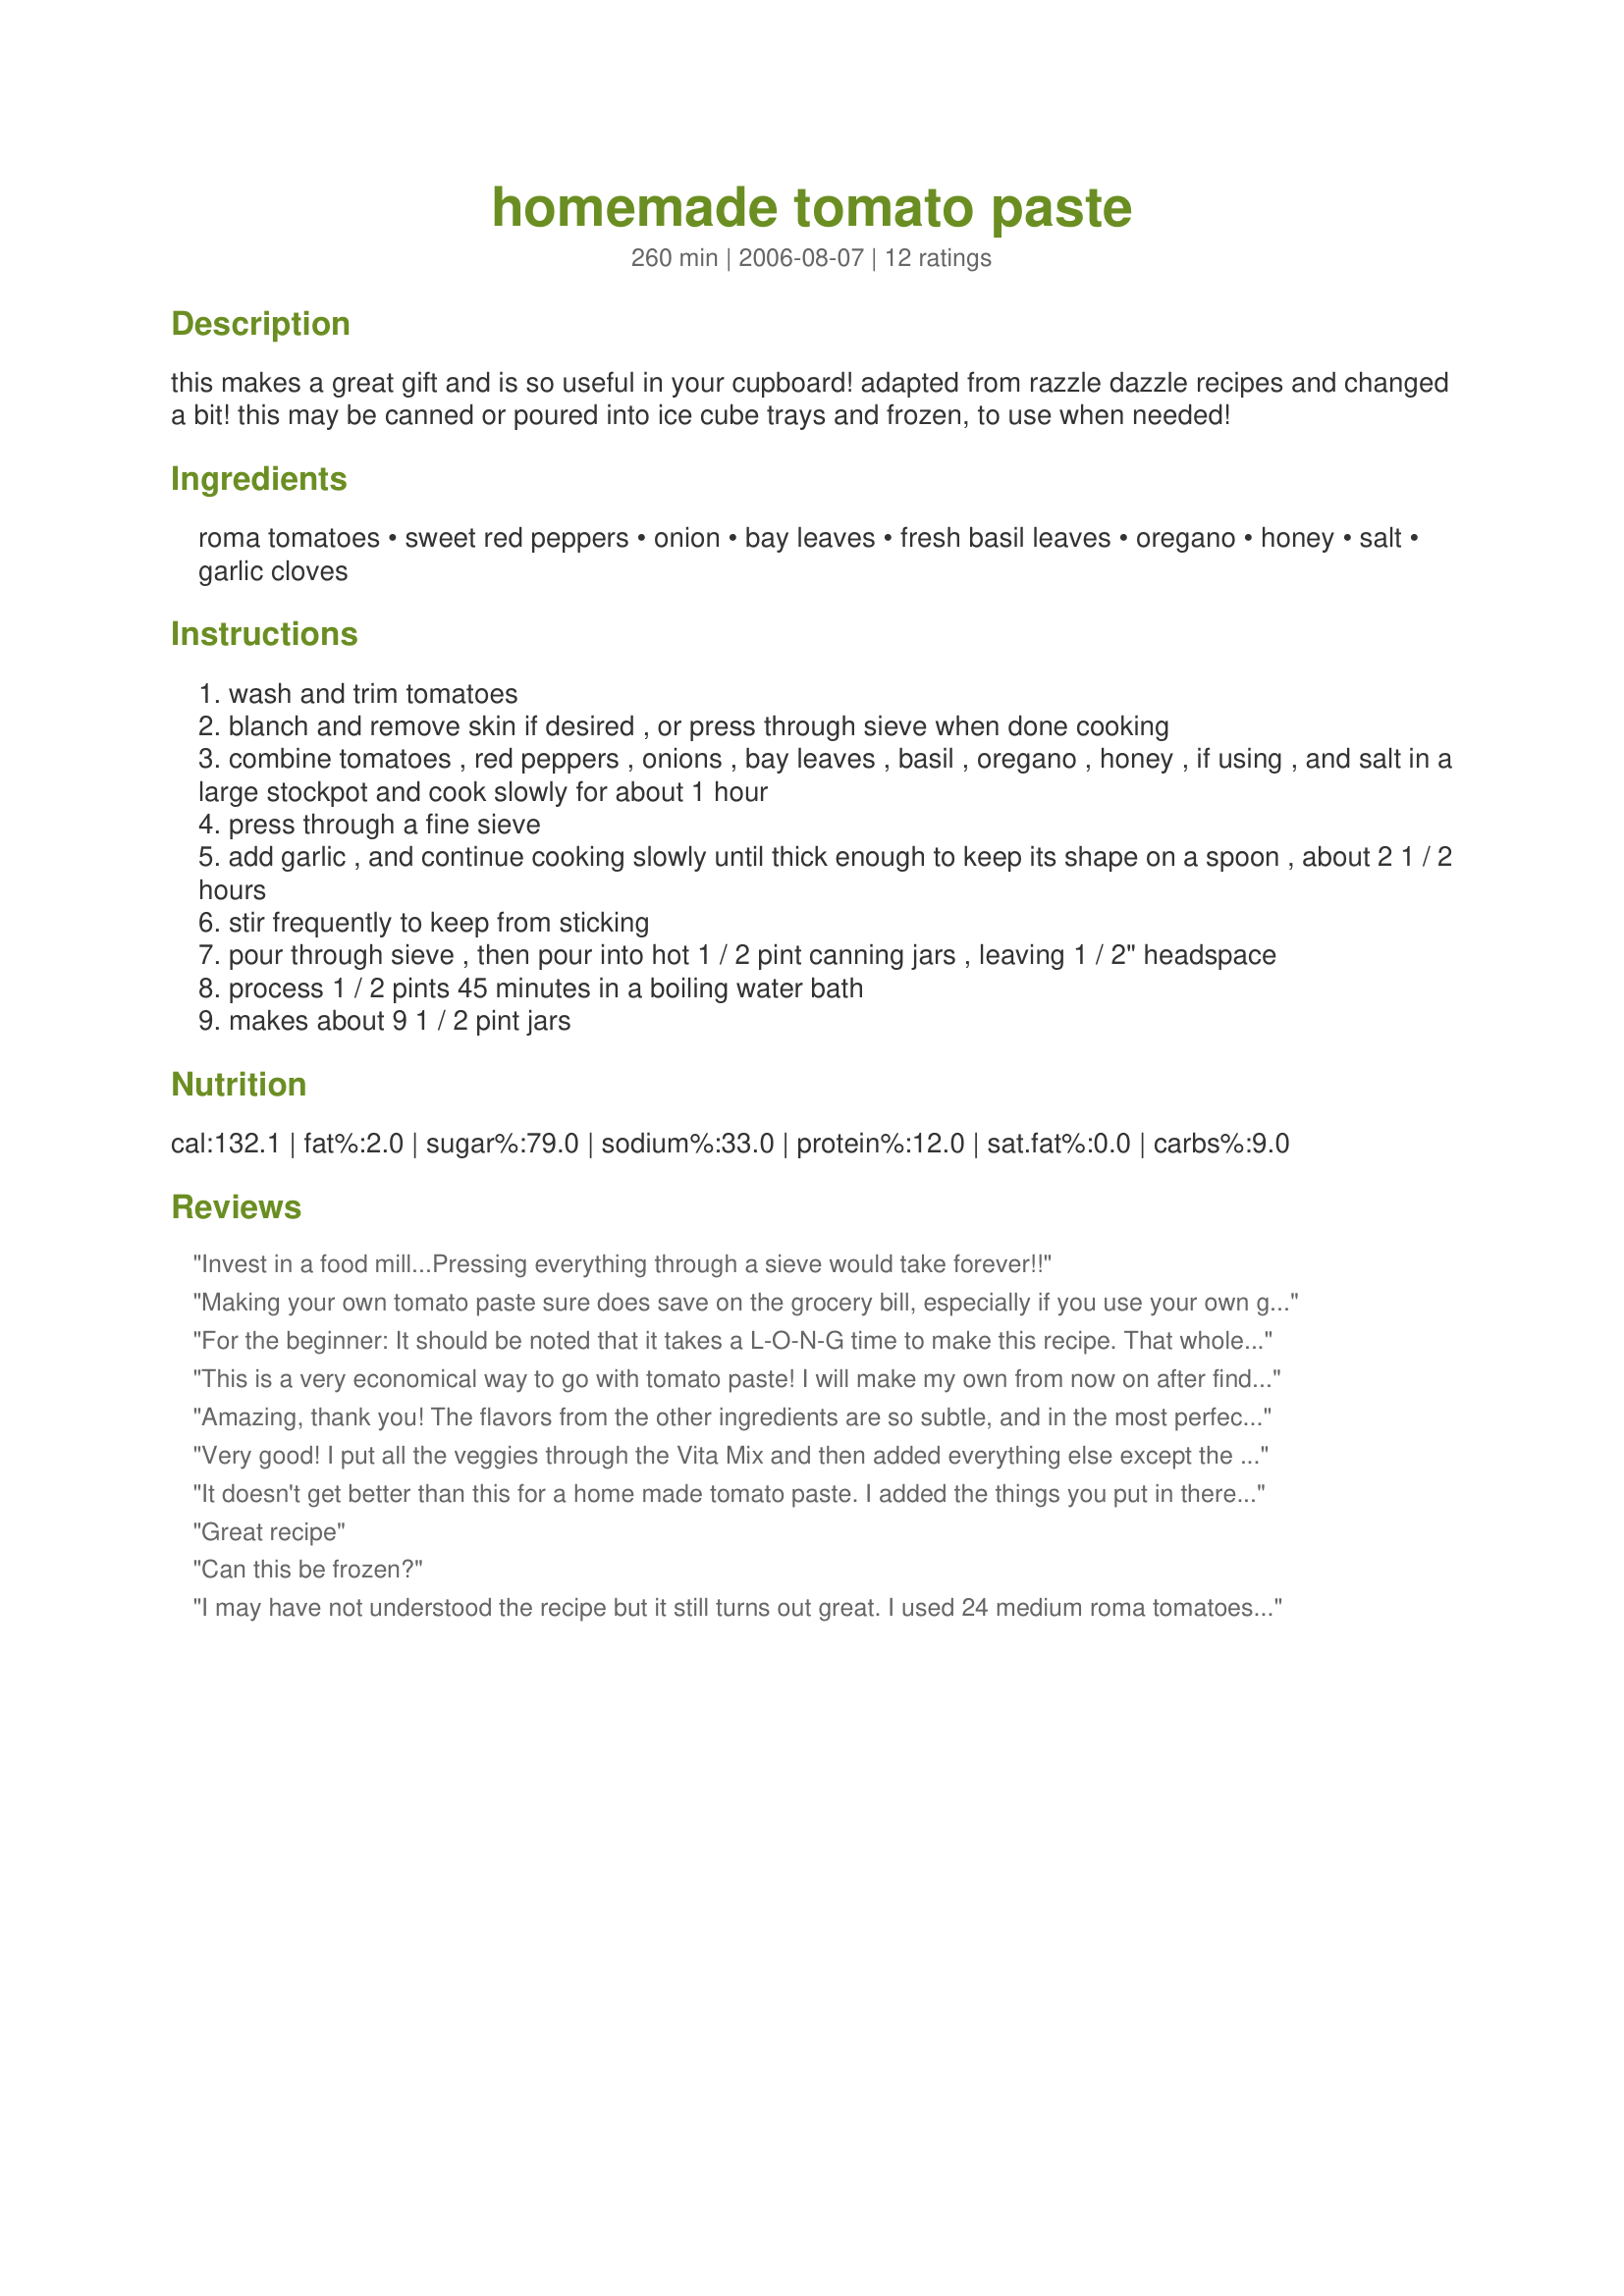
homemade tomato paste
Preparation time: 260 minutes

this makes a great gift and is so useful in your cupboard! adapted from razzle dazzle recipes and changed a bit! this may be canned or poured into ice cube trays and frozen, to use when needed!

Ingredients:
roma tomatoes, sweet red peppers, onion, bay leaves, fresh basil leaves, oregano, honey, salt, garlic cloves

Steps:
wash and trim tomatoes
blanch and remove skin if desired , or press through sieve when done cooking
combine tomatoes , red peppers , onions , bay leaves , basil , oregano , honey , if using , and salt in a large stockpot and cook slowly for about 1 hour
press through a fine sieve
add garlic , and continue cooking slowly until thick enough to keep its shape on a spoon , about 2 1 / 2 hours
stir frequently to keep from sticking
pour through sieve , then pour into hot 1 / 2 pint canning jars , leaving 1 / 2" headspace
process 1 / 2 pints 45 minutes in a boiling water bath
makes about 9 1 / 2 pint jars

Reviews:
Invest in a food mill...Pressing everything through a sieve would take forever!!
Making your own tomato paste sure does save on the grocery bill, especially if you use your own garden tomatoes like I did. This is a great recipe that will be used over and over by me!
For the beginner: It should be noted that it takes a L-O-N-G time to make this recipe. That whole part about &quot;press through a fine sieve&quot; takes very long and it has to be done unless you want a ton of tomato seeds in your paste. I never got it down to a paste because I just didn't have enough time allotted for this. Also, the measurements are not &quot;exact&quot; because it kind of matters really how many tomatoes you have. Because tomatoes can be different sizes, the overall weight should really be used as the amount instead of quarts. I'm glad I didn't add all the salt the recipe calls for because mine would have been too salty. Having said all that...I didn't want to end my post with it being all negative. This was my first time to attempt to make tomato sauce/paste. I've been wanting to try for a long time. We finally had some home grown tomatoes this year (Roma's) and we had a bunch ripe at the same time, so I took the opportunity to try this because I knew my fresh tomatoes would likely go to waste otherwise. I am actually very tickled out how it turned out. (Even though it's not quite paste.) It does taste really good and I'm anxious to use it in a recipe. This was a learning experience for me and next time, I'll make sure I have enough time to push all that mush through the sieve! I did freeze it in an ice tray and will add to it when I have enough more ripe tomatoes. I found an ice tray with attached lids to help keep it fresh in the freezer.
This is a very economical way to go with tomato paste! I will make my own from now on after finding this recipe!
Amazing, thank you! The flavors from the other ingredients are so subtle, and in the most perfect way. I did one batch with Roma, and also one with San Marzano, both fresh and vine ripened from the garden. Both pastes turned out great, but the depth of flavor of San Marzano batch is superior by a long shot. If you have access to San Marzano tomatoes, by all means substitute! (done growing Roma's after this side-by-side taste test).
Very good! I put all the veggies through the Vita Mix and then added everything else except the honey. I didn't have an onion so I used 1 teaspoon onion granules. I had to simmer it for an evening and most of a day to get it to reduce, but it was worth it! Soooo very good! I am going to buy some more tomatoes and make another 1 or 2 batches! Thank you so much for this recipe. I also trust this recipe because it is almost like the recipe on the University of Georgia site! I also water bath canned it for 45 minutes.
It doesn't get better than this for a home made tomato paste. I added the things you put in there just in a different form. I had all these yellow tomatoes that ripen at the same time so that's what I used. I used ground red pepper, onion & garlic salt, the bay leaves, dried basil, dried oregano, and salt. <br/>I too had trouble getting it thicker. The first day I simmered for 3 hrs. After refrigerating over night I noticed a lot of water on top so I siphoned this off and simmered again for 3 hrs. I finally had to add some cornstarch slurry to it. It still didn't get as thick as I would have liked but it will do. <br/> I left out the honey as yellow tomatoes are very sweet. This is so-so-so good. I froze in ice cube trays. You do have to get use to them being yellow instead of red though. Sharon123 thanks so much for posting
Great recipe
Can this be frozen?
I may have not understood the recipe but it still turns out great. I used 24 medium roma tomatoes, 1 red bell pepper, 1/2 cup onion, 4 bay leaves, fresh basil, 1 tsp oregano, honey, and 5 garlic cloves. I boiled it together for 1 hour, then strained out the water and simmered it just over 2 hours. I may have done something wrong because I only got 2 ice cube trays out of it and I calculated it would be around 6. Great tasting and better for you than canned though.
This is the first time I've ever had a big garden and I needed tomato paste for a spaghetti recipe. I used this paste recipe and it came out wonderful! So easy to do and the results were much better than store bought. I love the ice cube tray suggestion - I told my 80 year old Grandma about that and she was impressed wanting to know where I got such a great idea from - thank you Sharon for making me look like a genius to a woman who knows it all when it comes to the kitchen! I have prepared this 2 times in one week and am going to use up all my extra tomatoes with this recipe. I added in all the optionals in the recipe - fantastic outcome!
What a great recipe for homemade tomato paste! I reduced this recipe by half and used Roma tomatoes, I also increased the fresh garlic, I plan on making this again to have on hand for recipes, thanks for sharing hon!...Kitten :)
